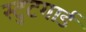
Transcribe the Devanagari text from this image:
स्टुटगार्ड